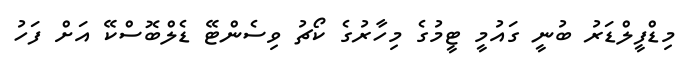
މިޑްފީލްޑަރު ބުނީ ގައުމީ ޓީމުގެ މިހާރުގެ ކޯޗު ވިސެންޓޭ ޑެލްބޮސްކޭ އަށް ފަހު